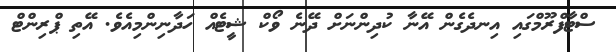
ސްޓާފްރޫމްގައި އިނދެގެން އޭނާ ކުދިންނަށް ދޭނެ ވޯކް ޝީޓެއް ހަދާނިންމިއެވެ. އޭތި ޕްރިންޓް